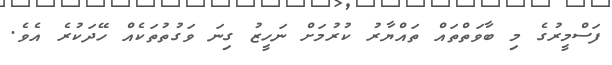
ފަސްމީރުގެ މި ބާވަތްތައް ތައްޔާރު ކުރުމަށް ނަހީޒު ގިނަ ވަގުތުތަކެއް ހޭދަކުރެ އެވެ.